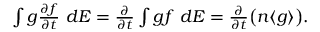
\begin{array} { r } { \int g \frac { \partial f } { \partial t } \ d E = \frac { \partial } { \partial t } \int g f \ d E = \frac { \partial } { \partial t } \big ( n \langle g \rangle \big ) . } \end{array}